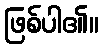
ဖြစ်ပါ၏။